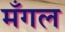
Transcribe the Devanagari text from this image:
मँगल